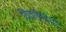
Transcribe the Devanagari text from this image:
विवाहावसर